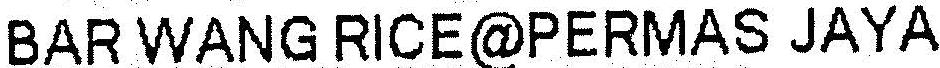
BAR WANG RICE@PERMAS JAYA